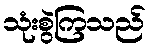
သုံးစွဲကြသည်